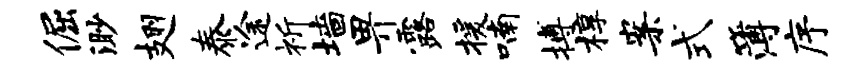
倔渺翅泰途祈墙畀露援喃搏椁案式簿序